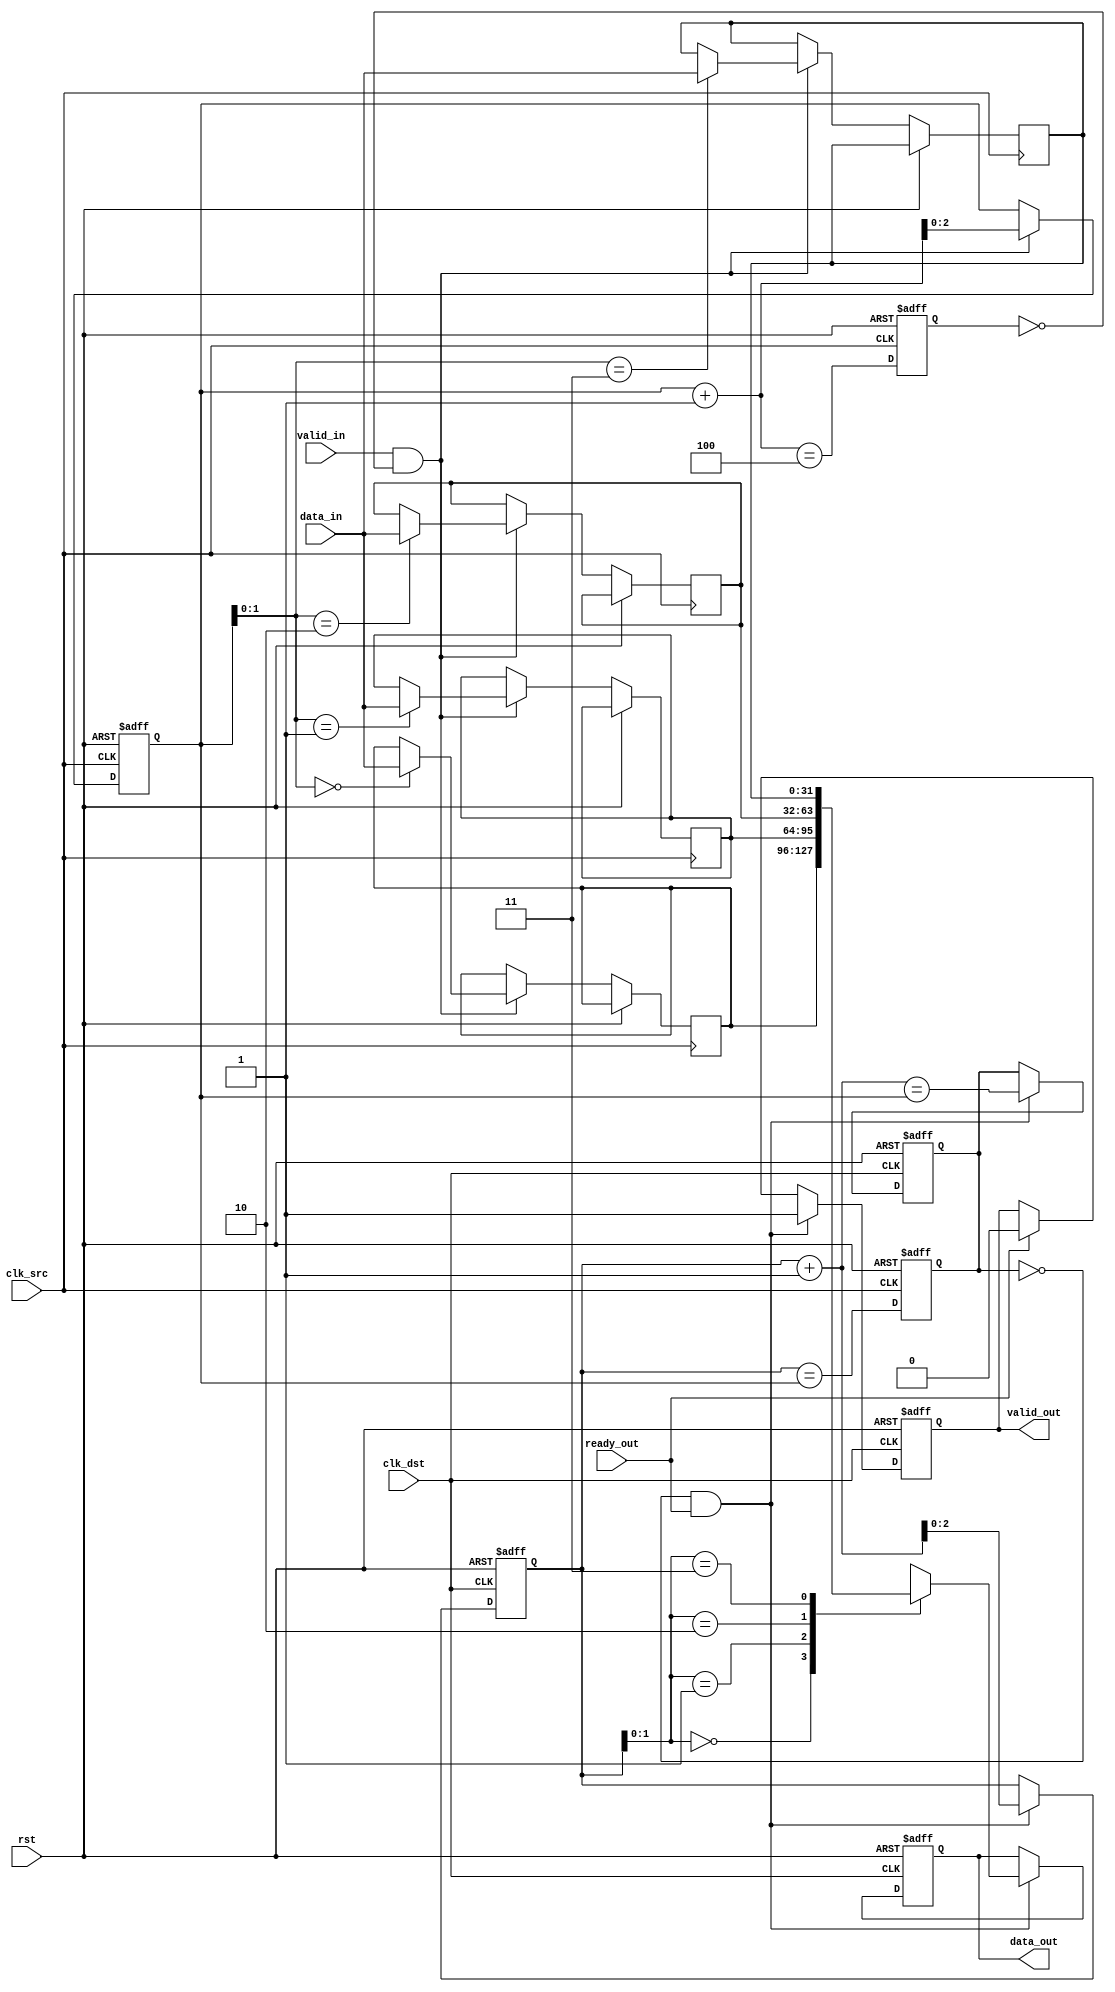
module memory_blocks_pipeline_synchronizer #(
    parameter DATA_WIDTH = 32, // Width of the data signal
    parameter FIFO_DEPTH = 4    // Depth of the FIFO buffer
) (
    input  wire             clk_src,     // Source clock
    input  wire             clk_dst,     // Destination clock
    input  wire [DATA_WIDTH-1:0] data_in, // Data input from source clock domain
    input  wire             valid_in,     // Valid signal from source clock
    output reg [DATA_WIDTH-1:0] data_out, // Synchronized data output
    output reg             valid_out,     // Valid signal for destination clock
    input  wire             ready_out,    // Ready signal from destination clock
    input  wire             rst            // Asynchronous reset
);

    // FIFO buffer to store incoming data
    reg [DATA_WIDTH-1:0] fifo [0:FIFO_DEPTH-1];
    reg [$clog2(FIFO_DEPTH):0] wr_ptr, rd_ptr; // Write and read pointers
    reg full, empty;

    // Control signals for handshaking
    reg valid_in_sync;
    reg ready_in;

    // Write logic for the source clock domain
    always @(posedge clk_src or posedge rst) begin
        if (rst) begin
            wr_ptr <= 0;
            valid_in_sync <= 0;
            full <= 0;
        end else begin
            if (valid_in && !full) begin
                fifo[wr_ptr] <= data_in; // Write data to FIFO
                wr_ptr <= wr_ptr + 1;
            end
            full <= (wr_ptr + 1) == FIFO_DEPTH; // Update full flag
        end
    end

    // Synchronization of the valid signal to the destination clock domain
    always @(posedge clk_dst or posedge rst) begin
        if (rst) begin
            valid_in_sync <= 0;
        end else begin
            valid_in_sync <= valid_out; // Propagate valid signal
        end
    end

    // Handshaking between source and destination clock domains
    always @(posedge clk_dst or posedge rst) begin
        if (rst) begin
            rd_ptr <= 0;
            valid_out <= 0;
            data_out <= 0;
            empty <= 1;
        end else begin
            if (!empty && ready_out) begin
                data_out <= fifo[rd_ptr]; // Read data from FIFO
                valid_out <= 1;           // Assert valid
                rd_ptr <= rd_ptr + 1;     // Update read pointer
                empty <= (rd_ptr + 1) == wr_ptr; // Update empty flag
            end else if (ready_out) begin
                valid_out <= 0; // Deassert valid if nothing to send
            end
        end
    end

    // Determine empty flag based on read and write pointers
    always @(posedge clk_src or posedge rst) begin
        if (rst) begin
            empty <= 1; // Reset empty flag
        end else begin
            empty <= (rd_ptr == wr_ptr); // Update empty flag
        end
    end

endmodule